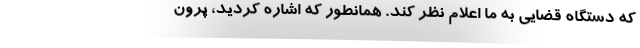
که دستگاه قضایی به ما اعلام نظر کند. همانطور که اشاره کردید، پرون